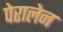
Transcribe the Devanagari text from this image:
पेरालेन